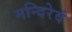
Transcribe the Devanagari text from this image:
मन्दिरेवं